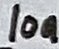
Text: 10n